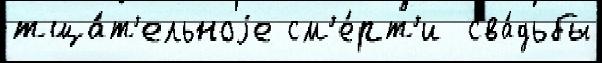
тща́т'ельноjе см'е́рт'и  сва́дьбы